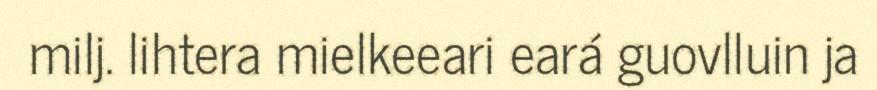
milj. lihtera mielkeeari eará guovlluin ja